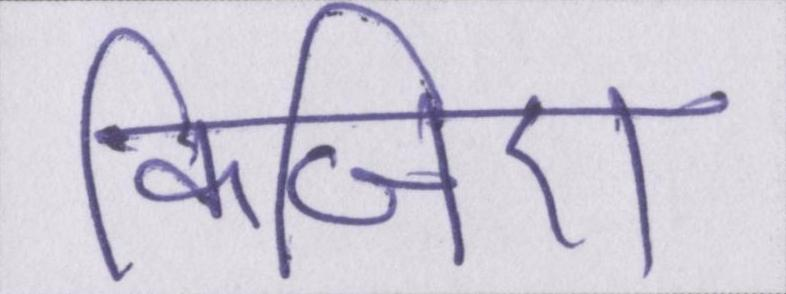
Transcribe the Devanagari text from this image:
किजिए